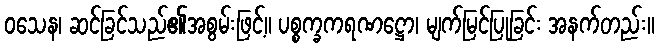
ဝသေန၊ ဆင်ခြင်သည်၏အစွမ်းဖြင့်။ ပစ္စက္ခကရဏဋ္ဌော၊ မျက်မြင်ပြုခြင်း အနက်တည်း။